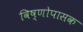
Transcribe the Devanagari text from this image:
विष्णोपासक